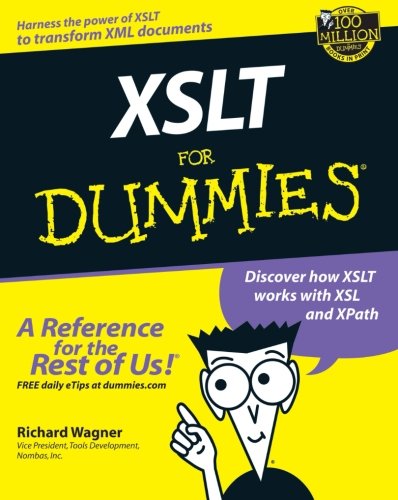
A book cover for XSLT For Dummies; Richard Wagner; Computers & Technology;